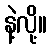
နဲ့လို့။